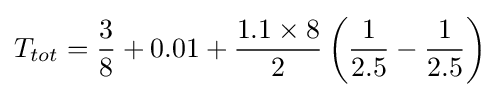
T_{tot}={\frac {3}{8}}+0.01+{\frac {1.1\times 8}{2}}\left({\frac {1}{2.5}}-{\frac {1}{2.5}}\right)